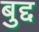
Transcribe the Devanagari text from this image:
बुद्द